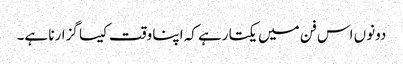
دونوں اس فن میں یکتا رہے کہ اپنا وقت کیسا گزارنا ہے۔